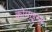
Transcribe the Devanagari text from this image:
कोमाइन्स